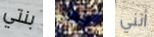
بنتي بقول أنني